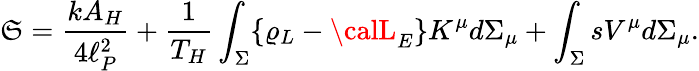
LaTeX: \mathfrak{S}={\frac{{kA_{H}}}{{4\ell_{P}^{2}}}}+{\frac{{1}}{{T_{H}}}}\int_{\Sigma}\{ \varrho_{L}-{\calL}_{E}\} K^{\mu}d\Sigma_{\mu}+\int_{\Sigma}sV^{\mu}d\Sigma_{\mu}.